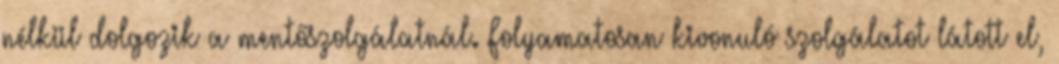
nélkül dolgozik a mentőszolgálatnál. Folyamatosan kivonuló szolgálatot látott el,